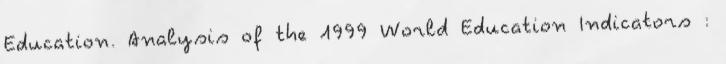
Education. Analysis of the 1999 World Education Indicators :